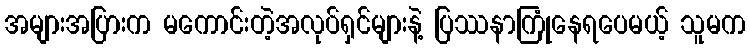
အများအပြားက မကောင်းတဲ့အလုပ်ရှင်များနဲ့ ပြဿနာကြုံနေရပေမယ့် သူမက